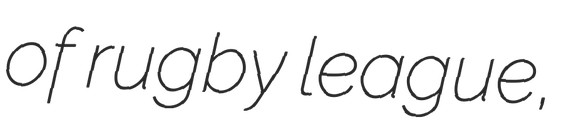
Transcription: of rugby league,